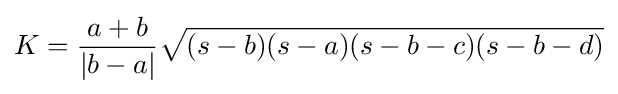
K={\frac {a+b}{|b-a|}}{\sqrt {(s-b)(s-a)(s-b-c)(s-b-d)}}